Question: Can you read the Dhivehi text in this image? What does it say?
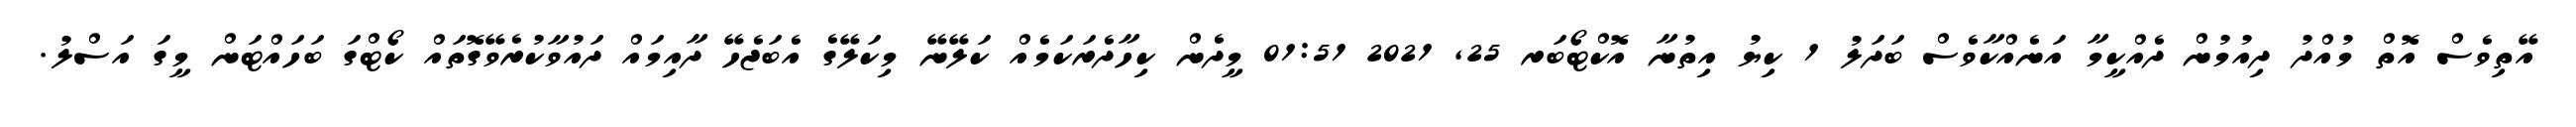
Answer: އޭތިވެސް އޮތް މުއްދު ދިއުމުން ދެއްކީމާ އަނެއްކާވެސް ބަދަލު 1 ކިޔު އިތުނާ އޮކްޓޯބަރ 25, 2021 01:51 މީދެން ކިހާދެރަކަމެއް ކަލޭނޭ މިކަލޭގެ އެބަޖެހޭ ދާއިމައް ދައުވާކުރެވޭގޮތައް ކޯޓްގަ ބަހައްޓަން މީގަ އަސްލު.